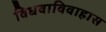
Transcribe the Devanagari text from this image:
विधवाविवाहास